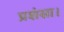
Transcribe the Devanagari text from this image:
प्रशंसा।